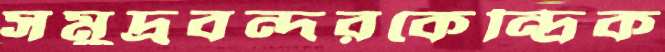
সমুদ্রবন্দরকেন্দ্রিক